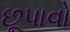
છૂપાવો